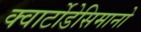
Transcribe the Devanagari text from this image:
क्वार्टोडेसिमानो